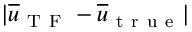
\lvert \overline { { u } } _ { \mathrm { ~ T ~ F ~ } } - \overline { { u } } _ { \mathrm { ~ t ~ r ~ u ~ e ~ } } \rvert